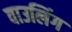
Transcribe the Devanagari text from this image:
वाउलिंग